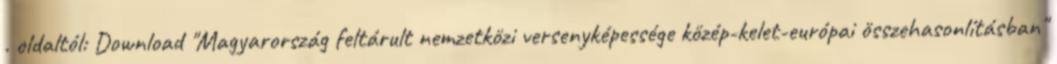
. oldaltól: Download "Magyarország feltárult nemzetközi versenyképessége közép-kelet-európai összehasonlításban"